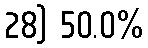
28) 50.0%